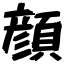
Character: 顔